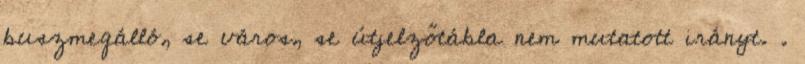
buszmegálló, se város, se útjelzőtábla nem mutatott irányt. .